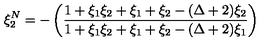
\xi _ { 2 } ^ { N } = - \left( \frac { 1 + \xi _ { 1 } \xi _ { 2 } + \xi _ { 1 } + \xi _ { 2 } - ( \Delta + 2 ) \xi _ { 2 } } { 1 + \xi _ { 1 } \xi _ { 2 } + \xi _ { 1 } + \xi _ { 2 } - ( \Delta + 2 ) \xi _ { 1 } } \right)